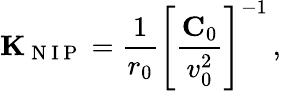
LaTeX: {\mathbf K}_{\mathrm{~N~I~P~}}=\frac{1}{r_{0}}\left[\frac{{\mathbf C}_{0}}{v_{0}^{2}}\right]^{-1}\, ,